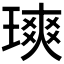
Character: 𪼐